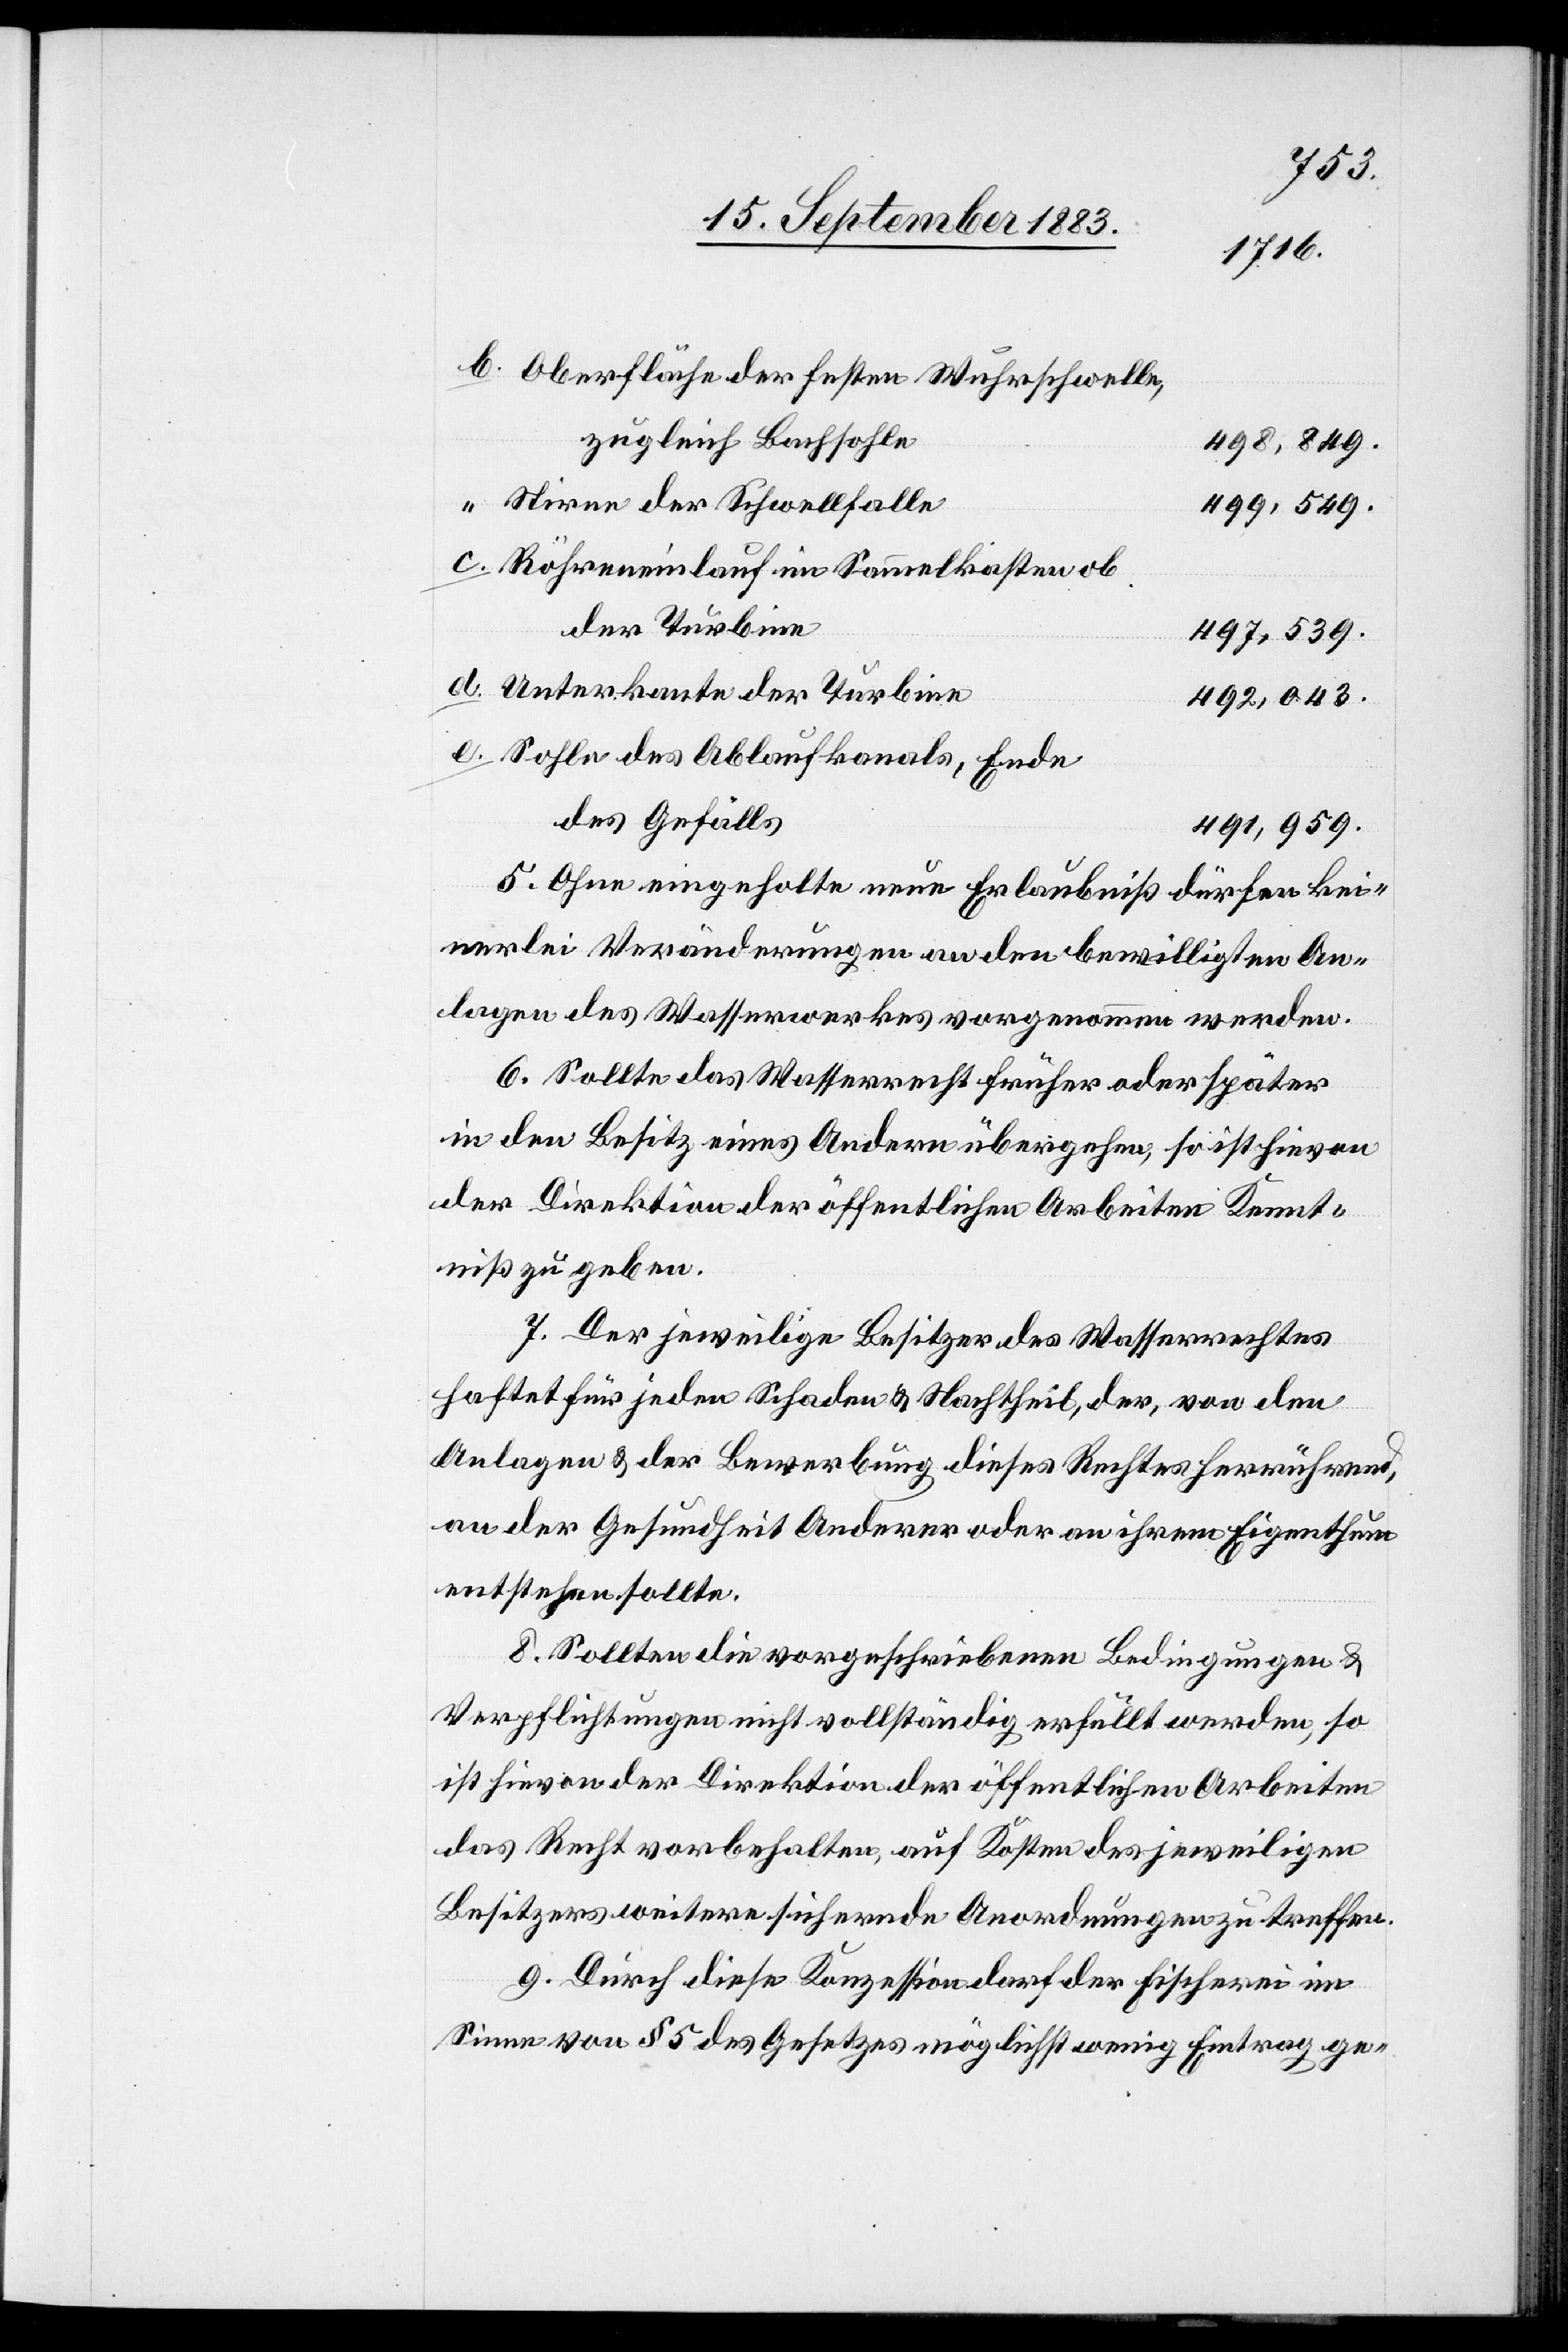
Oberfläche der festen Wuhrschwelle,
zugleich Bachsohle
498,849.
Stirne der Schwellfalle
499,549.
Röhreneinlauf im Sammelkasten ob
der Turbine
497,539.
Unterkante der Turbine
492,043.
Sohle des Ablaufkanals, Ende
des Gefälls
491,959.
5. Ohne eingeholte neue Erlaubniß dürfen kei¬
nerlei Veränderungen an den bewilligten An¬
lagen des Wasserwerkes vorgenommen werden.
6. Sollte das Wasserrecht früher oder später
in den Besitz eines Andern übergehen, so ist hievon
der Direktion der öffentlichen Arbeiten Kennt¬
niß zu geben-
7. Der jeweilige Besitzer des Wasserrechtes
haftet für jeden Schaden & Nachtheil, der, von den
Anlagen & der Bewerbung dieses Rechtes herrührend,
an der Gesundheit Anderer oder an ihrem Eigenthum
entstehen sollte.
8. Sollten die vorgeschriebenen Bedingungen &
Verpflichtungen nicht vollständig erfüllt werden, so
ist hievon [sic!] der Direktion der öffentlichen Arbeiten
das Recht vorbehalten, auf Kosten des jeweiligen
Besitzers weitere sichernde Anordnungen zu treffen.
9. Durch diese Konzession darf der Fischerei im
Sinne von § 5 des Gesetzes möglichst wenig Eintrag ge-